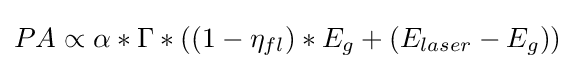
PA\propto \alpha *\Gamma *((1-\eta _{fl})*E_{g}+(E_{laser}-E_{g}))